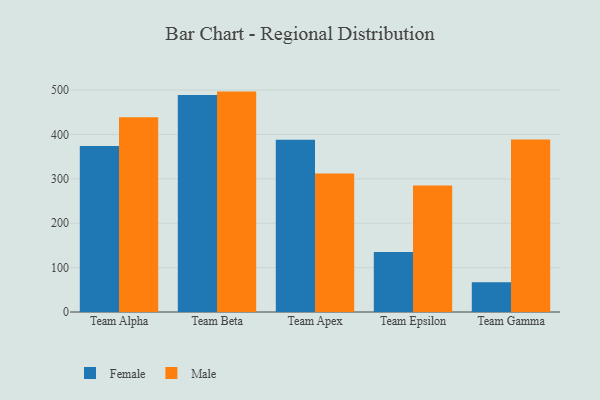
{"axis": {"x": "Team", "y": "Humidity (%)"}, "legend": ["Female", "Male"], "data": [{"x": "Team Alpha", "y": 374.0, "type": "Female"}, {"x": "Team Alpha", "y": 438.6, "type": "Male"}, {"x": "Team Beta", "y": 489.0, "type": "Female"}, {"x": "Team Beta", "y": 496.5, "type": "Male"}, {"x": "Team Apex", "y": 388.1, "type": "Female"}, {"x": "Team Apex", "y": 311.8, "type": "Male"}, {"x": "Team Epsilon", "y": 134.9, "type": "Female"}, {"x": "Team Epsilon", "y": 285.1, "type": "Male"}, {"x": "Team Gamma", "y": 66.9, "type": "Female"}, {"x": "Team Gamma", "y": 388.6, "type": "Male"}]}